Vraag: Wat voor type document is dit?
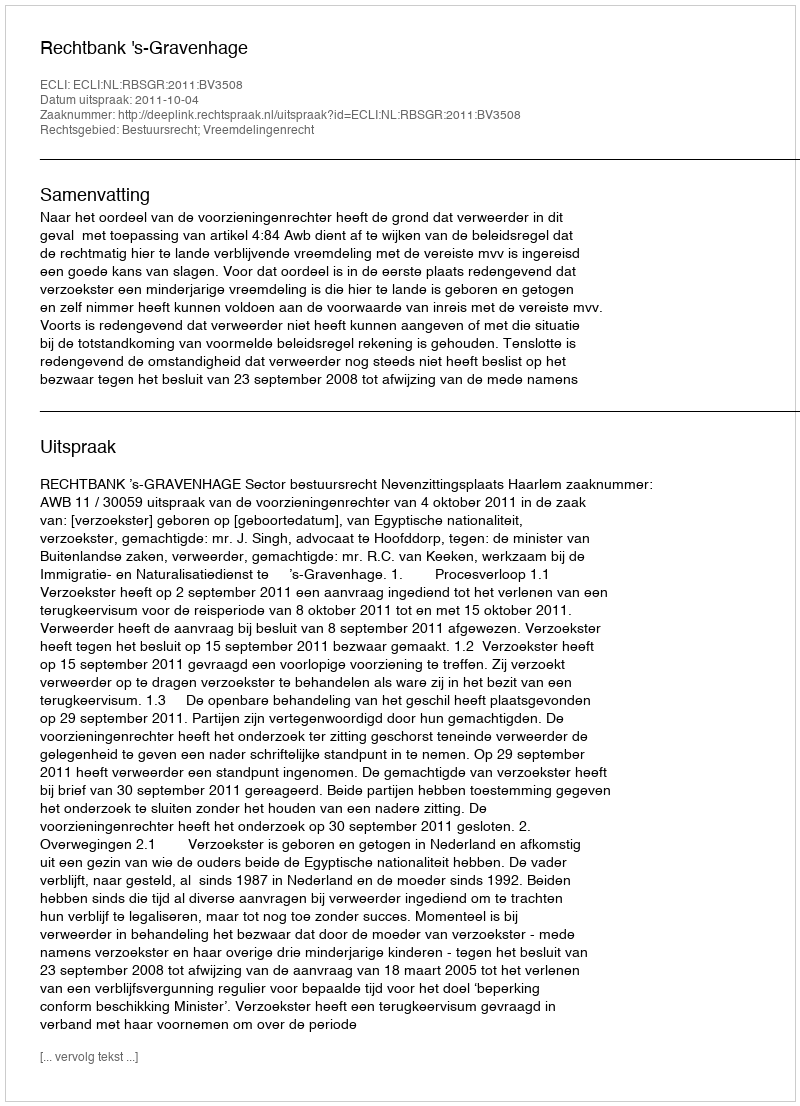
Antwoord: Uitspraak